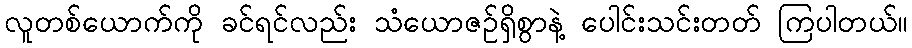
လူတစ်ယောက်ကို ခင်ရင်လည်း သံယောဇဉ်ရှိစွာနဲ့ ပေါင်းသင်းတတ် ကြပါတယ်။